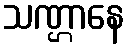
သဏ္ဌာနေ